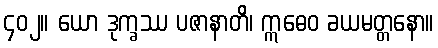
၄၀၂။ ယော ဒုက္ခဿ ပဇာနာတိ၊ ဣဓေဝ ခယမတ္တနော။